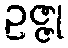
ဥဇ္ဇု